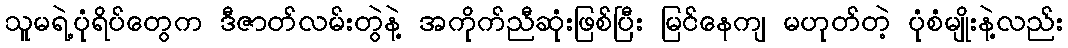
သူမရဲ့ပုံရိပ်တွေက ဒီဇာတ်လမ်းတွဲနဲ့ အကိုက်ညီဆုံးဖြစ်ပြီး မြင်နေကျ မဟုတ်တဲ့ ပုံစံမျိုးနဲ့လည်း